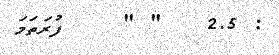
: 2.5   " "    ފުރަތަމަ